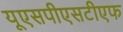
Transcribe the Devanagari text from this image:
यूएसपीएसटीएफ